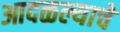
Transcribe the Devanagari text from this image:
आदळल्याचे